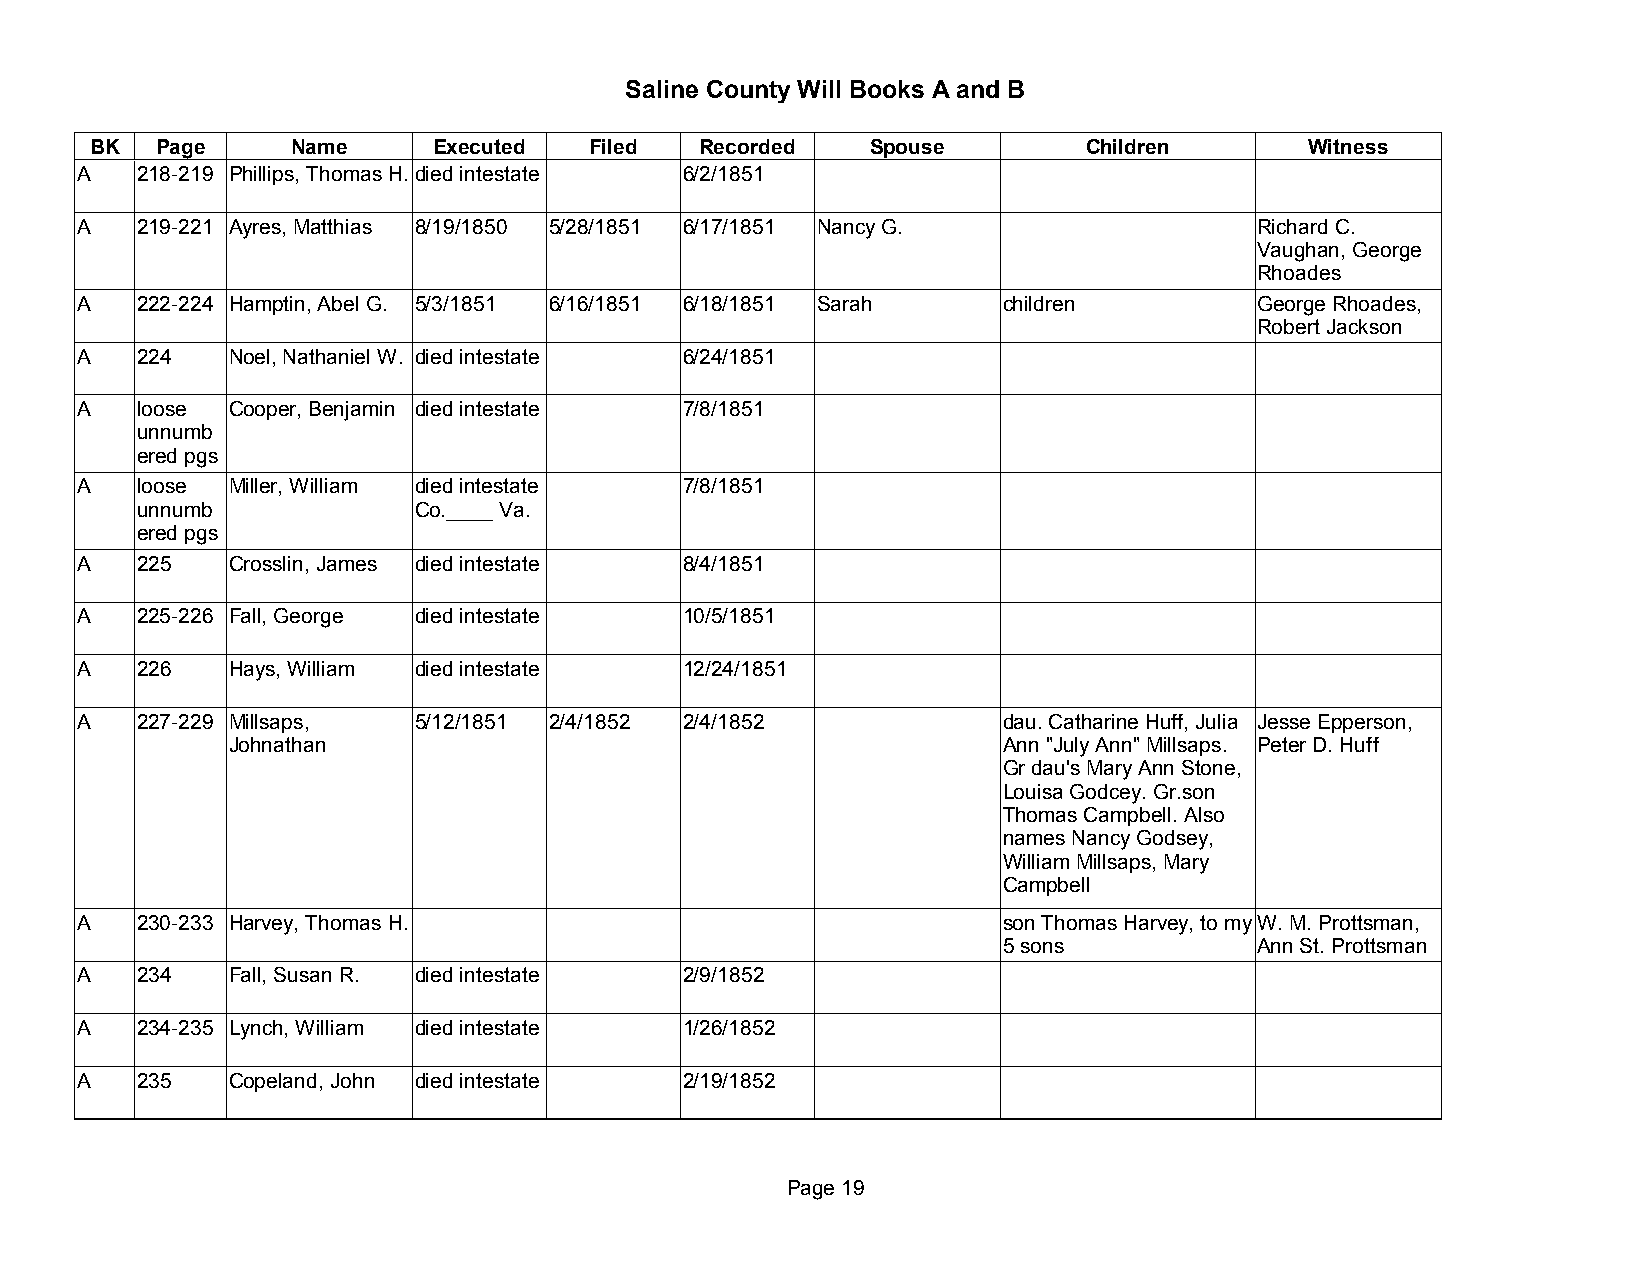
Saline County Will Books A and B
 BK  Page     Name      Executed  Filed  Recorded    Spouse        Children       Witness
 A   218-219 Phillips, Thomas H.died intestate 6/2/1851
 A   219-221 Ayres, Matthias 8/19/1850 5/28/1851 6/17/1851 Nancy G.            Richard C.
 Vaughan, George
 Rhoades
 A   222-224 Hamptin, Abel G. 5/3/1851 6/16/1851 6/18/1851 Sarah children      George Rhoades,
 Robert Jackson
 A   224   Noel, Nathaniel W. died intestate 6/24/1851
 A   loose Cooper, Benjamin died intestate 7/8/1851
 unnumb
 ered pgs
 A   loose Miller, William died intestate 7/8/1851
 unnumb            Co.____ Va.
 ered pgs
 A   225   Crosslin, James died intestate 8/4/1851
 A   225-226 Fall, George died intestate 10/5/1851
 A   226   Hays, William died intestate  12/24/1851
 A   227-229 Millsaps, 5/12/1851 2/4/1852 2/4/1852            dau. Catharine Huff, Julia Jesse Epperson,
 Johnathan                                          Ann "July Ann" Millsaps. Peter D. Huff
 Gr dau's Mary Ann Stone,
 Louisa Godcey. Gr.son
 Thomas Campbell. Also
 names Nancy Godsey,
 William Millsaps, Mary
 Campbell
 A   230-233 Harvey, Thomas H.                                son Thomas Harvey, to my W. M. Prottsman,
 5 sons           Ann St. Prottsman
 A   234   Fall, Susan R. died intestate 2/9/1852
 A   234-235 Lynch, William died intestate 1/26/1852
 A   235   Copeland, John died intestate 2/19/1852
 Page 19